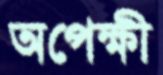
অপেক্ষী